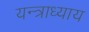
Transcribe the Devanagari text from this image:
यन्त्राध्याय